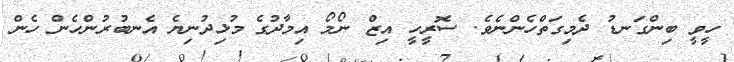
ހީވީ ބިންގަނޑު ދެމިގަތްހެންނެވެ. ސޮރީހީ އިޒް ނޯމޯ އިމާދުގެ މުޅިދުނިޔެ އެނބުރުންހެން ހެން